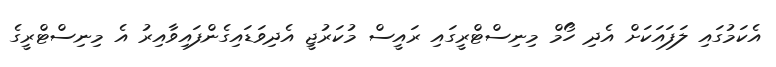
އެކަމުގައި ލަފައަކަށް އެދި ހޯމް މިނިސްޓްރީގައި ރައީސް މުކަރުޖީ އެދިވަޑައިގެންފައިވާއިރު އެ މިނިސްޓްރީގެ